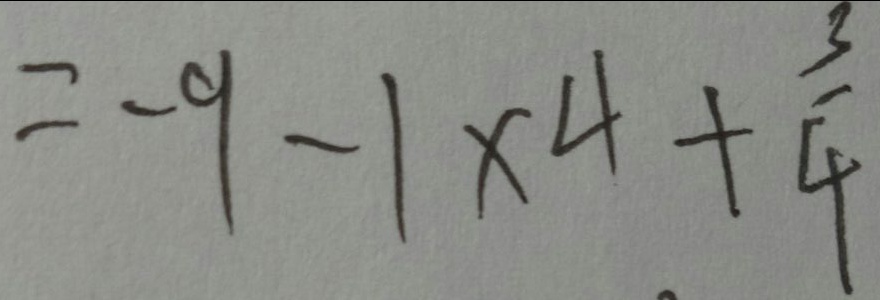
= - 9 - 1 \times 4 + \frac { 3 } { 4 }